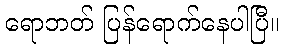
ရောဘတ် ပြန်ရောက်နေပါပြီ။